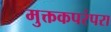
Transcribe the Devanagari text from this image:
मुक्तकपरंपरा